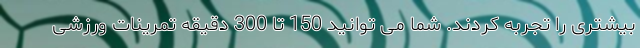
بیشتری را تجربه کردند. شما می توانید 150 تا 300 دقیقه تمرینات ورزشی